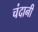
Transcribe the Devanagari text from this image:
चंदानी